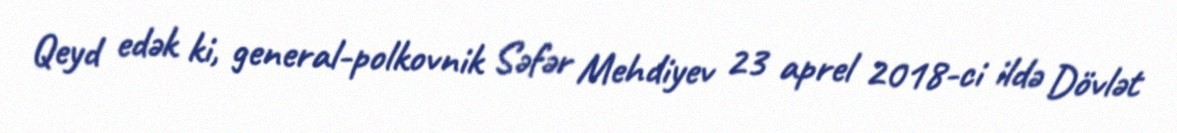
Qeyd edək ki, general-polkovnik Səfər Mehdiyev 23 aprel 2018-ci ildə Dövlət